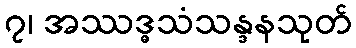
၇၊ အဿဒ္ဓသံသန္ဒနသုတ်